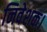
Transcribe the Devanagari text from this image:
निवेशक।